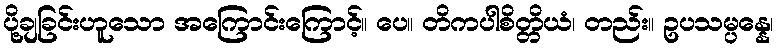
ပို့ချခြင်းဟူသော အကြောင်းကြောင့်။ ပေ။ တိကပါစိတ္တိယံ၊ တည်း။ ဥပသမ္ပန္နေ၊